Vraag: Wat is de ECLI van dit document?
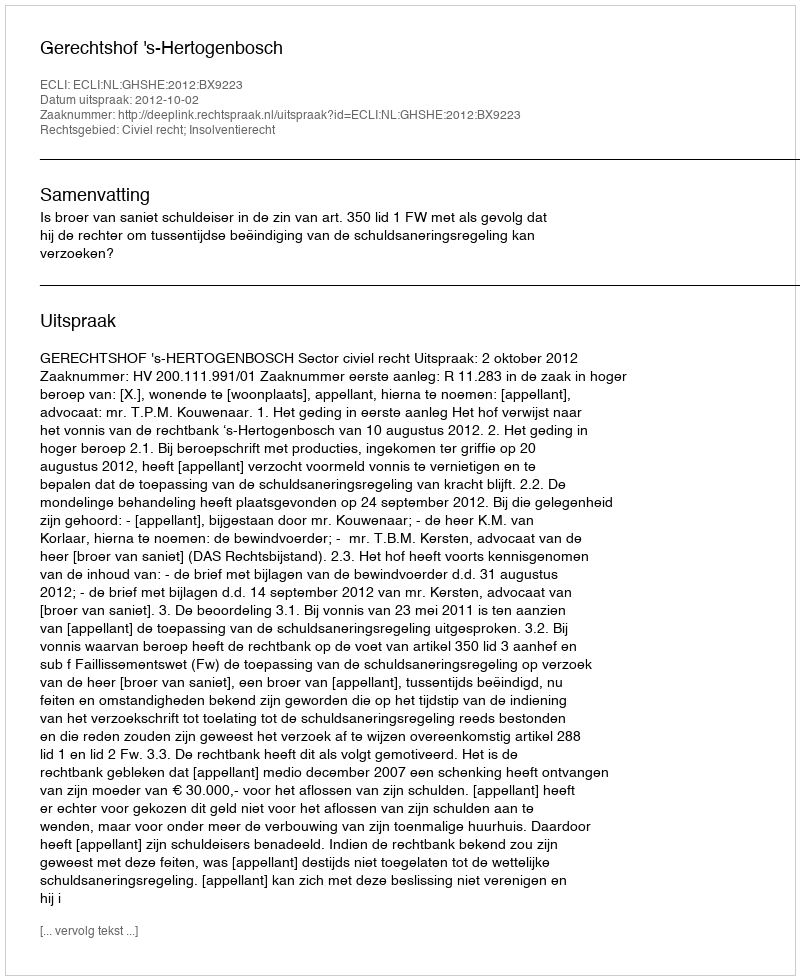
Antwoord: ECLI:NL:GHSHE:2012:BX9223